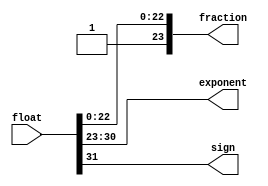
`ifndef IEEE754_V
`define IEEE754_V

module IEEE754_decompo(
    input  wire [31:0] float,
    output wire [23:0] fraction,
    output wire [ 7:0] exponent,
    output wire        sign
);

    assign sign = float[31];

    assign exponent = {       float[30:23]};
    assign fraction = { 1'b1, float[22: 0]};

endmodule


module IEEE754_compose(
    input  wire        sign,
    input  wire [ 7:0] exponent,
    input  wire [22:0] fraction,
    output wire [31:0] float
);

    assign float = {sign, exponent, fraction};

endmodule

`endif